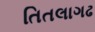
તિતલાગઢ